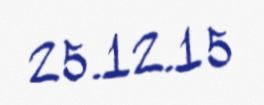
25.12.15